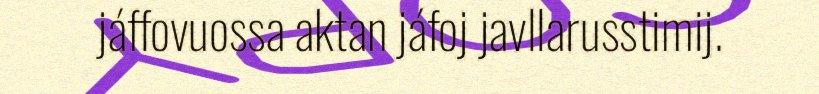
jáffovuossa aktan jáfoj javllarusstimij.